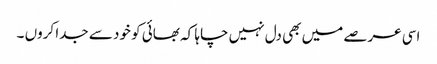
اسی عرصے میں بھی دل نہیں چاہا کہ بھائی کو خود سے جدا کروں ۔